Vaccination in Bombay 1869-1873 - 1869-1873
Year: 1869
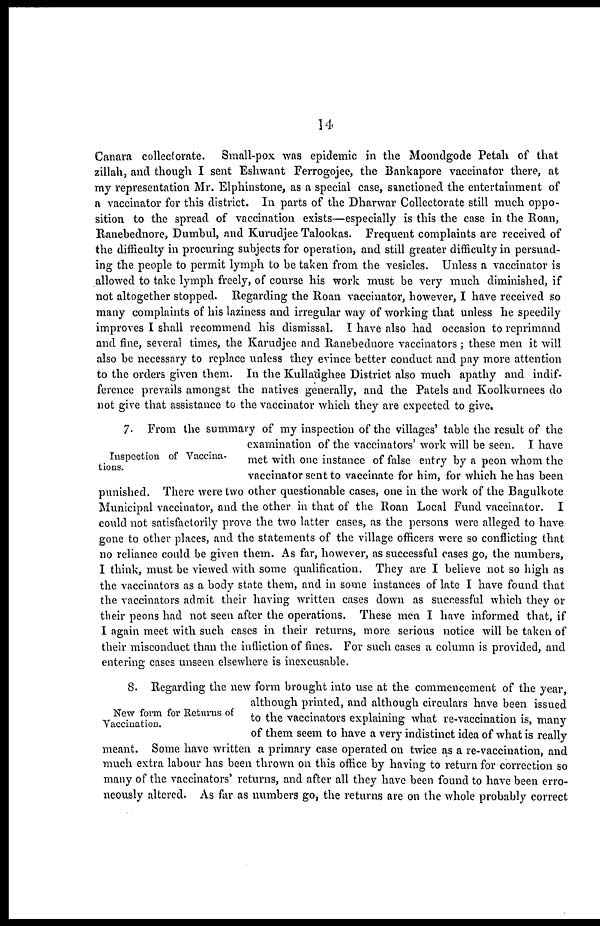
14
Canara collectorate. Small-pox was epidemic in the Moondgode Petah of that
zillah, and though I sent Eshwant Ferrogojee, the Bankapore vaccinator there, at
my representation Mr. Elphinstone, as a special case, sanctioned the entertainment of
a vaccinator for this district. In parts of the Dharwar Collectorate still much oppo-
sition to the spread of vaccination exists—especially is this the case in the Roan,
Ranebednore, Dumbul, and Kurudjee Talookas. Frequent complaints are received of
the difficulty in procuring subjects for operation, and still greater difficulty in persuad-
ing the people to permit lymph to be taken from the vesicles. Unless a vaccinator is
allowed to take lymph freely, of course his work must be very much diminished, if
not altogether stopped. Regarding the Roan vaccinator, however, I have received so
many complaints of his laziness and irregular way of working that unless he speedily
improves I shall recommend his dismissal. I have also had occasion to reprimand
and fine, several times, the Karudjee and Ranebednore vaccinators; these men it will
also be necessary to replace unless they evince better conduct and pay more attention
to the orders given them. In the Kulladghee District also much apathy and indif-
ference prevails amongst the natives generally, and the Patels and Koolkurnees do
not give that assistance to the vaccinator which they are expected to give.
Inspection of Vaccina-
tions.
7. From the summary of my inspection of the villages' table the result of the
examination of the vaccinators' work will be seen. I have
met with one instance of false entry by a peon whom the
vaccinator sent to vaccinate for him, for which he has been
punished. There were two other questionable cases, one in the work of the Bagulkote
Municipal vaccinator, and the other in that of the Roan Local Fund vaccinator. I
could not satisfactorily prove the two latter cases, as the persons were alleged to have
gone to other places, and the statements of the village officers were so conflicting that
no reliance could be given them. As far, however, as successful cases go, the numbers,
I think, must be viewed with some qualification. They are I believe not so high as
the vaccinators as a body state them, and in some instances of late I have found that
the vaccinators admit their having written cases down as successful which they or
their peons had not seen after the operations. These men I have informed that, if
I again meet with such cases in their returns, more serious notice will be taken of
their misconduct than the infliction of fines. For such cases a column is provided, and
entering cases unseen elsewhere is inexcusable.
New form for Returns of
Vaccination.
8. Regarding the new form brought into use at the commencement of the year,
although printed, and although circulars have been issued
to the vaccinators explaining what re-vaccination is, many
of them seem to have a very indistinct idea of what is really
meant. Some have written a primary case operated on twice as a re-vaccination, and
much extra labour has been thrown on this office by having to return for correction so
many of the vaccinators' returns, and after all they have been found to have been erro-
neously altered. As far as numbers go, the returns are on the whole probably correct